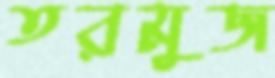
তরমুজ